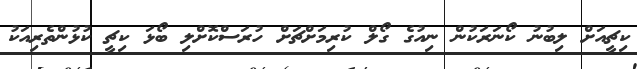
ކިޗީއަށް ލިބުނު ކޯނަރަކުން ނިއުގެ ގޯލް ކުރިމަށްޗަށް ހުރަސްކޮށްލި ބޯޅަ ކިޗީ ކުޅުންތެރިއަކު